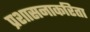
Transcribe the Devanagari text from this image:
प्रशासनाकरिता